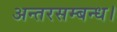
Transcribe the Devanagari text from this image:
अन्तरसम्बन्ध।